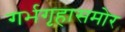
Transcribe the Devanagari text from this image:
गर्भगृहासमोर